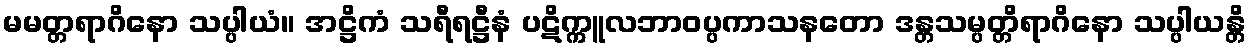
မမတ္တရာဂိနော သပ္ပါယံ။ အဋ္ဌိကံ သရီရဋ္ဌီနံ ပဋိက္ကူလဘာဝပ္ပကာသနတော ဒန္တသမ္ပတ္တိရာဂိနော သပ္ပါယန္တိ